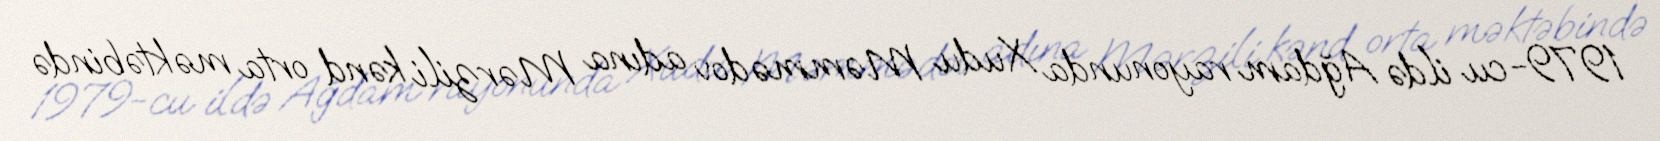
1979-cu ildə Ağdam rayonunda Xudu Məmmədov adına Mərzili kənd orta məktəbində